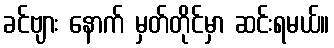
ခင်ဗျား နောက် မှတ်တိုင်မှာ ဆင်းရမယ်။